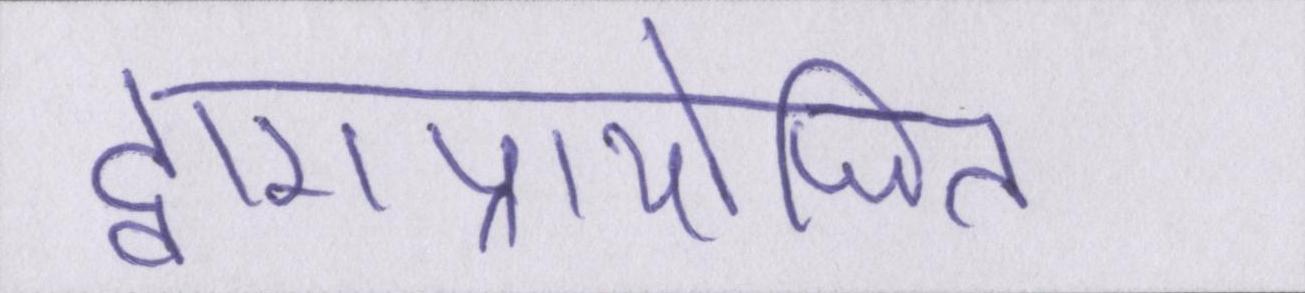
द्वाराप्रायोजित